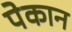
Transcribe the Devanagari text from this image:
पेकान